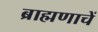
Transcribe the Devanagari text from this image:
ब्राह्मणाचें